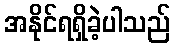
အနိုင်ရရှိခဲ့ပါသည်